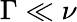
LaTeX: \Gamma\ll\nu